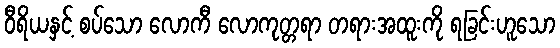
ဝီရိယနှင့် စပ်သော လောကီ လောကုတ္တရာ တရားအထူးကို ရခြင်းဟူသော